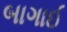
બાગાઈ